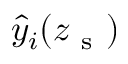
\hat { y } _ { i } ( z _ { \mathrm { ~ s ~ } } )